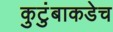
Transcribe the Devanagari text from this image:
कुटुंबाकडेच